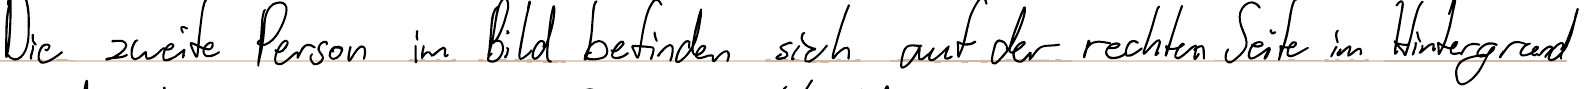
Die zweite Person im Bild befinden sich auf der rechten Seite im Hintergrund